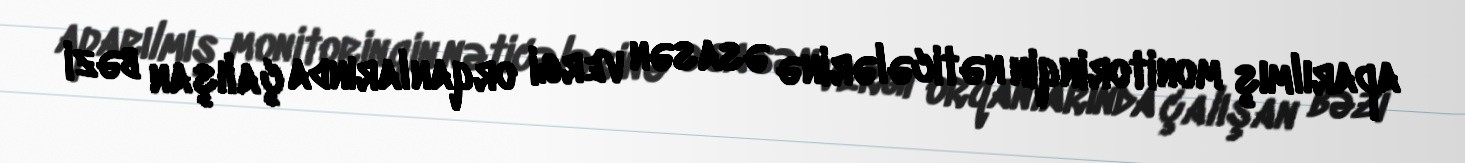
aparılmış monitorinqin nəticələrinə əsasən vergi orqanlarında çalışan bəzi